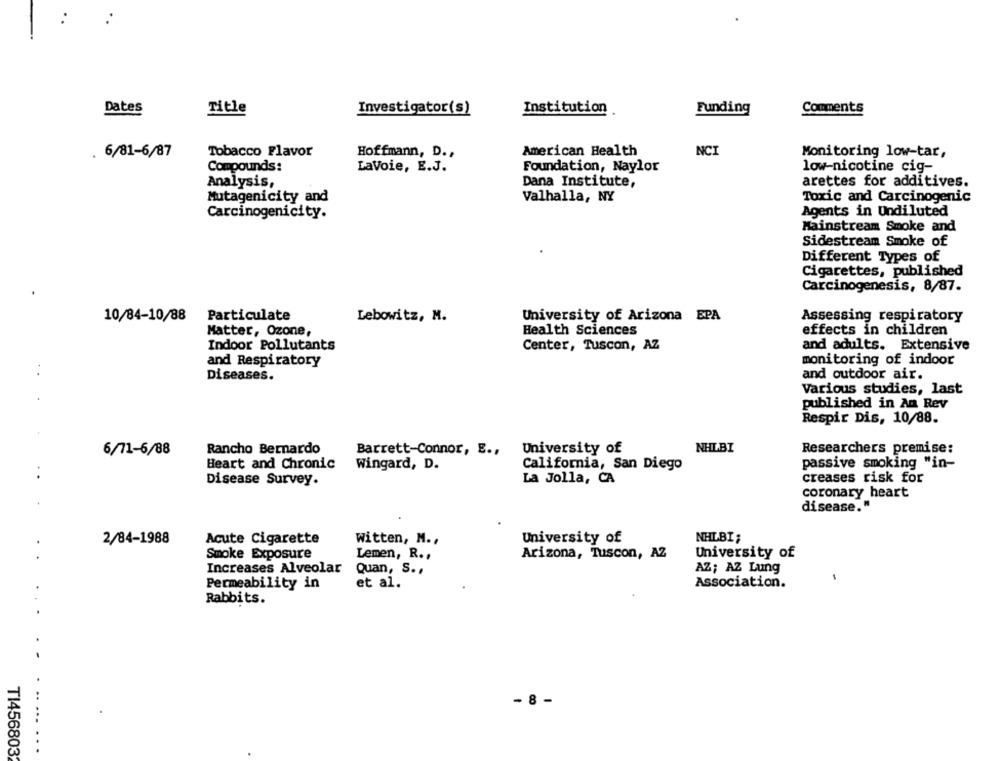
Dates
Title
Investigator(s)
Institution
Funding
Comments
Tobacco Flavor
American Health
NCI
. 6/81-6/87
Hoffmann, D .,
Monitoring low-tar,
Compounds:
Foundation, Naylor
low-nicotine cig-
LaVoie, E.J.
Dana Institute,
arettes for additives.
Analysis,
Mutagenicity and
Valhalla, NY
Toxic and Carcinogenic
Agents in Undiluted
Carcinogenicity.
Mainstream Smoke and
Sidestream Smoke of
Different Types of
Cigarettes, published
Carcinogenesis, 8/87.
10/84-10/88
Particulate
Lebowitz, M.
University of Arizona EPA
Assessing respiratory
Matter, Ozone,
Health Sciences
effects in children
Indoor Pollutants
Center, Tuscon, AZ
and adults. Extensive
and Respiratory
monitoring of indoor
Diseases.
and outdoor air.
Various studies, last
published in An Rev
Respir Dis, 10/88.
University of
NHLBI
Researchers premise:
6/71-6/88
Rancho Bernardo
Barrett-Connor, E .,
passive smoking "in-
Heart and Chronic
Wingard, D.
California, San Diego
. .
La Jolla, CA
creases risk for
Disease Survey.
coronary heart
disease."
2/84-1988
Acute Cigarette
witten, M .,
University of
NHLBI;
Smoke Exposure
Lemen, R .,
Arizona, Tuscon, AZ
University of
Increases Alveolar
Quan, S .,
AZ; AZ Lung
1
Permeability in
et al.
Association.
Rabbits.
- 8 -
T14568032